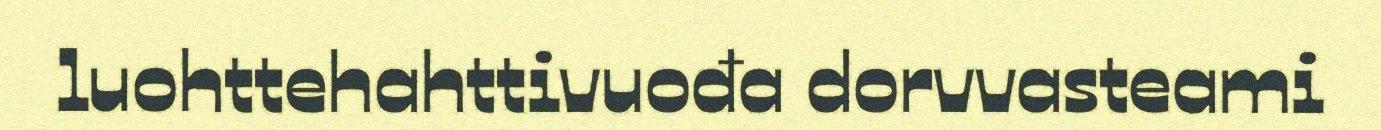
luohttehahttivuođa dorvvasteami